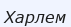
Харлем